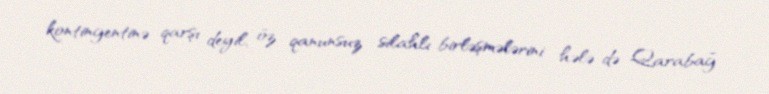
kontingentinə qarşı deyil, öz qanunsuz silahlı birləşmələrini hələ də Qarabağ